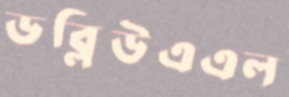
ডব্লিউএএল